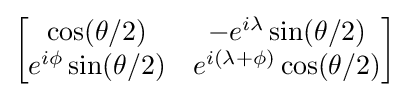
{\begin{bmatrix}\cos(\theta /2)&-e^{i\lambda }\sin(\theta /2)\\e^{i\phi }\sin(\theta /2)&e^{i(\lambda +\phi )}\cos(\theta /2)\end{bmatrix}}